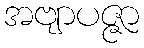
အဗျာပဇ္ဇာ